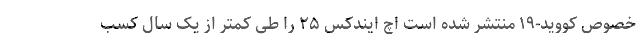
خصوص کووید-۱۹ منتشر شده است اچ ایندکس ۲۵ را طی کمتر از یک سال کسب